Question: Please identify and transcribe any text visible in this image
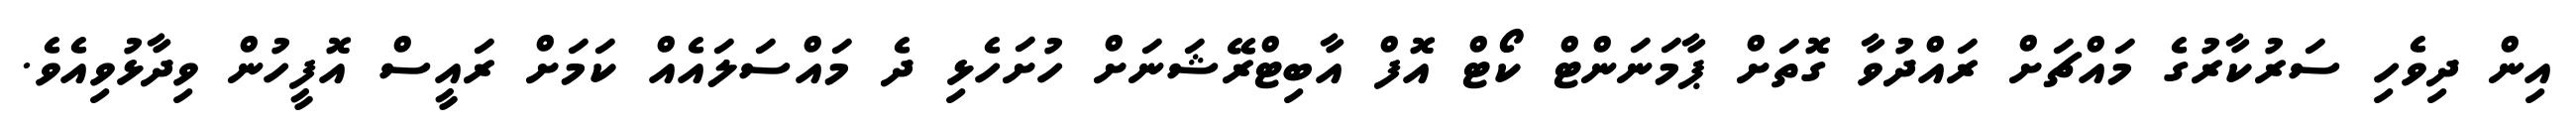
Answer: އިން ދިވެހި ސަރުކާރުގެ މައްޗަށް ރައްދުވާ ގޮތަށް ޕާމަނަންޓް ކޯޓް އޮފް އާބިޓްރޭޝަނަށް ހުށަހެޅި ދެ މައްސަލައެއް ކަމަށް ރައީސް އޮފީހުން ވިދާޅުވިއެވެ.